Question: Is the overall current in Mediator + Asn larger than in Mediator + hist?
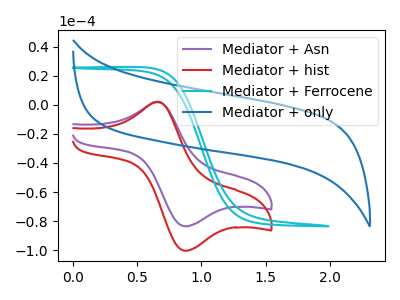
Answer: <think>The purple curve "Mediator + Asn" has an anodic peak at (0.65V, 1.80uA) and a cathodic peak at (0.90V, -83.45uA). The red curve "Mediator + hist" has an anodic peak at (0.65V, 2.15uA) and a cathodic peak at (0.90V, -100.25uA). The cyan curve "Mediator + Ferrocene" has no peaks. The blue curve "Mediator + only" has no peaks.
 All the peaks in "Mediator + Asn" have a peak in "Mediator + hist" at the same potential. Every peak in "Mediator + Asn" is lower than every peak in "Mediator + hist".</think>
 <answer>"Mediator + Asn" has less signal than "Mediator + hist".</answer>
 <eval>less_signal</eval>